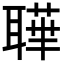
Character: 𦗉